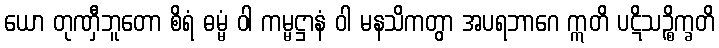
ယော တုဏှီဘူတော စိရံ ဓမ္မံ ဝါ ကမ္မဋ္ဌာနံ ဝါ မနသိကတွာ အပရဘာဂေ ဣတိ ပဋိသဉ္စိက္ခတိ